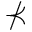
\nprec